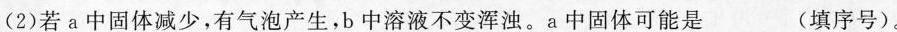
(2)若a中固体减少，有气泡产生，b中溶液不变浑浊。a中固体可能是___(填序号)。